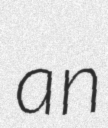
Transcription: an